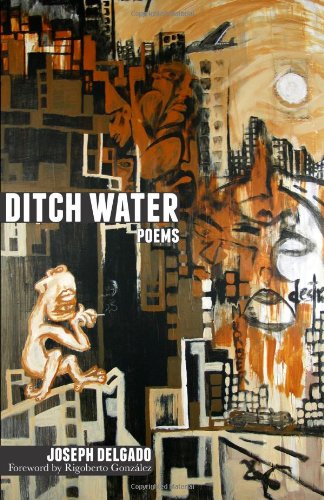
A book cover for Ditch Water; Joseph Delgado; Gay & Lesbian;